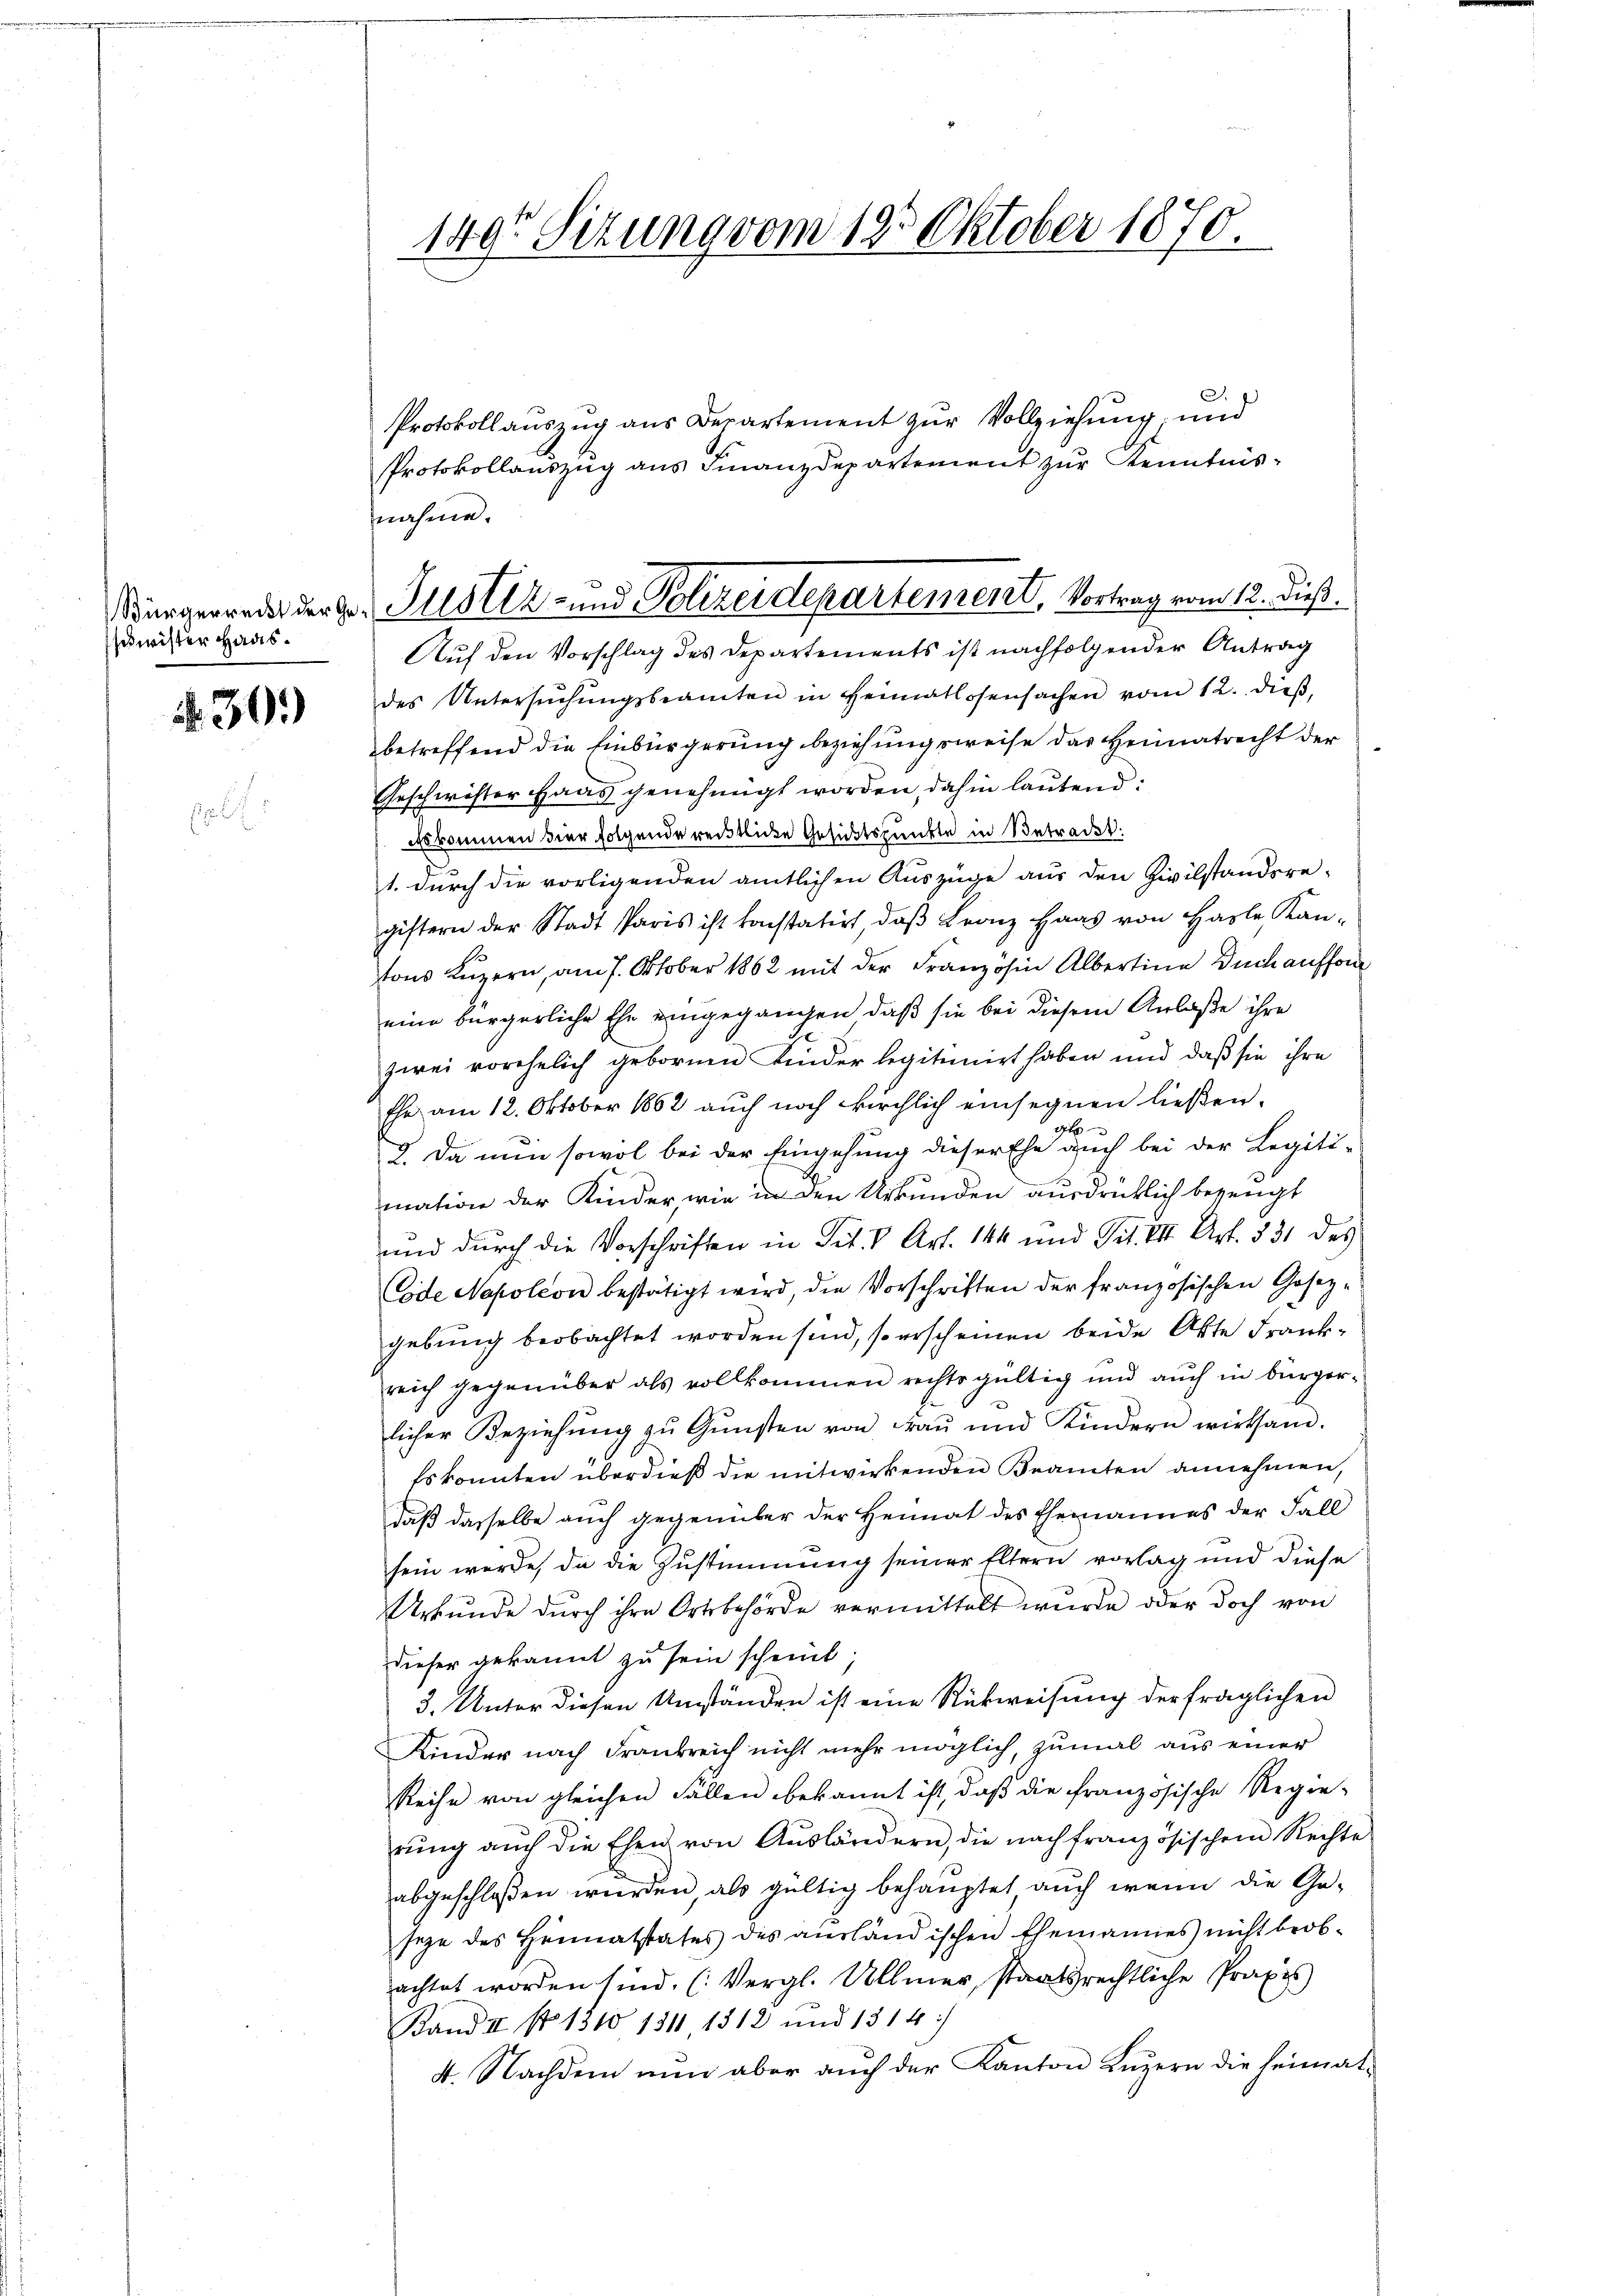
schwister Haas.

39

149r Sitzung vom 18. Oktober 1870.

Bürgerredes der Hr. Justiz- und Polizeidepartement, Vortrag vom 12. dieß.

Protokollauszug aus Departement zur Vollziehung und
Protokollaŭszŭg ans Finanzdepartement zŭr Kenntnis-
nahme.
Auf den Vorschlag des Departements ist nachfolgender Antrag
des Untersŭchŭngsbeamten in Heimatlosensachen vom 12. dieβ,
betreffend die Einbürgerung beziehungsweise das Heimatrecht der
Geschwister Haus genehmigt worden, dahin lautend:
Es kommen hier folgende reistliche Gesichtspunkte in Betrackt:
1. durch die vorligenden amtlichen Auszüge aus den Zivilstandsregistern der Stadt Paris ist konstatirt, daβ Franz Haas von Hasle Kan-
tons Luzern, am 7. Oktober 1862 mit der Französin Albertine Duchauffor
eine bürgerliche Ehe eingegangen, daß sie bei diesem Anlaße ihre
zwei vorehelich gebornen Kinder legitimirt haben und daß sie ihre
Ehe am 12. Oktober 1862 auch noch kirchlich einsegnen ließen.
t
2. Da nun sowol bei der Eingehung dieser Ehe auch bei der Legiti-
mation der Kinder, wie in den Urkunden ausdrücklich bezeugt
und durch die Vorschriften in Tit. V Art. 144 und Tit. VII Art. 531 des
Code Napoleon bestätigt wird, die Vorschriften der französischen Gesezgebung beobachtet worden sind, so erscheinen beide Akte Frankreich gegenüber als vollkommen rechtsgültig und auch in bürgerlicher Beziehung zu Gunsten von Frau und Kindern wirksam.
Es konnten überdieß die mitwirkenden Beamten annehmen,
daß dasselbe auch gegenüber der Heimat des Ehemannes der Fall
sein werde, da die Zustimmung seiner Eltern vorlag und diese
Urkŭnde dŭrch ihre Ortsbehörde vermittelt wurde oder doch von
dieser gekannt zu sein scheint.
3. Unter diesen Umständen ist eine Rückweisung der fraglichen
Kinder nach Frankreich nicht mehr möglich, zumal aus einer
Reihe von gleichen Fällen bekannt ist, daß die französische Regie-
rŭng aŭch die Ehen von Aŭsländern, die nach französischem Rechte
abgeschloßen werden, als gültig behauptet auch wenn die Ge-
seze des Heimatstates des ausländischen Ehemannes nicht beobachtet worden sind. (Vergl. Ullmer, staatsrechtliche Praxis
Rand II No 1310 1311 1512 und 1314)
4. Nachdem nŭn aber aŭch der Kanton Luzern die Heimat-